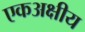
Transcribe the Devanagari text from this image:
एकअक्षीय